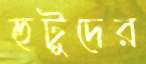
হুটুদের